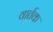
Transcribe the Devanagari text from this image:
वार्तक